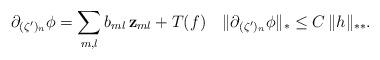
LaTeX: \begin{align*}\partial_{(\zeta^\prime)_n}\phi=\sum_{m,l}b_{ml} \,{\bf z}_{ml}+T(f)\quad\Vert \partial_{(\zeta^\prime)_n}\phi\Vert_{\ast}\leq C \,\Vert h\Vert_{\ast\ast}.\end{align*}